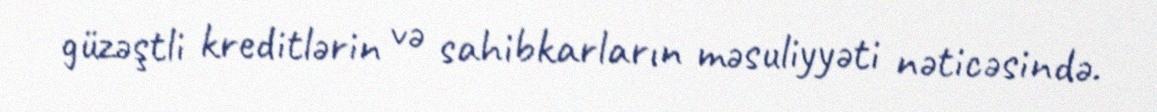
güzəştli kreditlərin və sahibkarların məsuliyyəti nəticəsində.